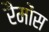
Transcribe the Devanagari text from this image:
रैमोंस